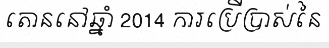
តោននៅឆ្នាំ 2014 ការប្រើប្រាស់នៃ